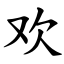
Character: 欢